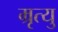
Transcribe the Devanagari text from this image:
म्रृत्यु